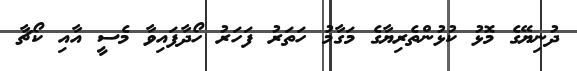
ދުނިޔޭގެ މޮޅު ކުޅުންތެރިޔާގެ މަގާމު ހަތަރު ފަހަރު ހޯދާފައިވާ މެސީ އާއި ކޯޗާ